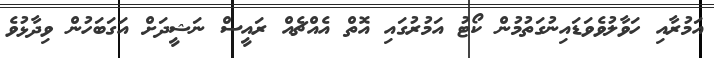
އަމުރާއި ހަވާލުވެވަޑައިނުގަތުމުން ކޯޓު އަމުރުގައި އޮތް އެއްޗެއް ރައީސް ނަޝީދަށް އަގަބަހުން ވިދާޅުވެ